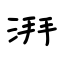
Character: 湃